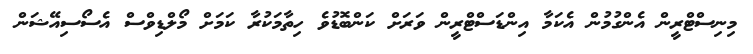
މިނިސްޓްރީން އެންގުމުން އެކަމާ އިންޑަސްޓްރީން ވަރަށް ކަންބޮޑުވެ ހިތާމަކުރާ ކަމަށް މޯލްޑިވްސް އެސޯސިއޭޝަން